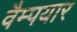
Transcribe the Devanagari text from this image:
वैम्पयार